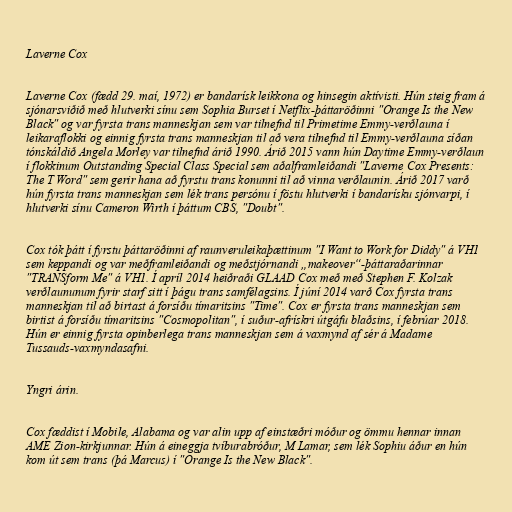
Laverne Cox

Laverne Cox (fædd 29. maí, 1972) er bandarísk leikkona og hinsegin aktívisti. Hún steig fram á
sjónarsviðið með hlutverki sínu sem Sophia Burset í Netflix-þáttaröðinni "Orange Is the New
Black" og var fyrsta trans manneskjan sem var tilnefnd til Primetime Emmy-verðlauna í
leikaraflokki og einnig fyrsta trans manneskjan til að vera tilnefnd til Emmy-verðlauna síðan
tónskáldið Angela Morley var tilnefnd árið 1990. Árið 2015 vann hún Daytime Emmy-verðlaun
í flokkinum Outstanding Special Class Special sem aðalframleiðandi "Laverne Cox Presents:
The T Word" sem gerir hana að fyrstu trans konunni til að vinna verðlaunin. Árið 2017 varð
hún fyrsta trans manneskjan sem lék trans persónu í föstu hlutverki í bandarísku sjónvarpi, í
hlutverki sínu Cameron Wirth í þáttum CBS, "Doubt".

Cox tók þátt í fyrstu þáttaröðinni af raunveruleikaþættinum "I Want to Work for Diddy" á VH1
sem keppandi og var meðframleiðandi og meðstjórnandi „makeover“-þáttaraðarinnar
"TRANSform Me" á VH1. Í apríl 2014 heiðraði GLAAD Cox með með Stephen F. Kolzak
verðlaununum fyrir starf sitt í þágu trans samfélagsins. Í júní 2014 varð Cox fyrsta trans
manneskjan til að birtast á forsíðu tímaritsins "Time". Cox er fyrsta trans manneskjan sem
birtist á forsíðu tímaritsins "Cosmopolitan", í suður-afrískri útgáfu blaðsins, í febrúar 2018.
Hún er einnig fyrsta opinberlega trans manneskjan sem á vaxmynd af sér á Madame
Tussauds-vaxmyndasafni.

Yngri árin.

Cox fæddist í Mobile, Alabama og var alin upp af einstæðri móður og ömmu hennar innan
AME Zion-kirkjunnar. Hún á eineggja tvíburabróður, M Lamar, sem lék Sophiu áður en hún
kom út sem trans (þá Marcus) í "Orange Is the New Black".